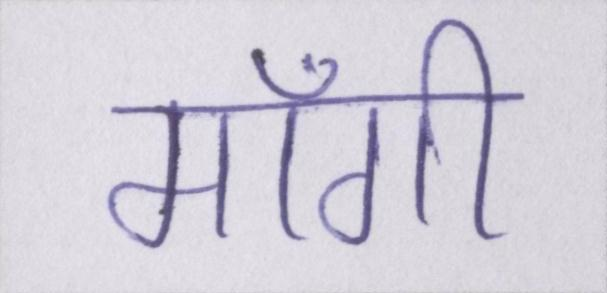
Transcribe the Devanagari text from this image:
माँगी